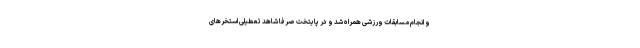
و انجام مسابقات ورزشی همراه شد و در پایتخت صرفا شاهد تعطیلی استخرهای